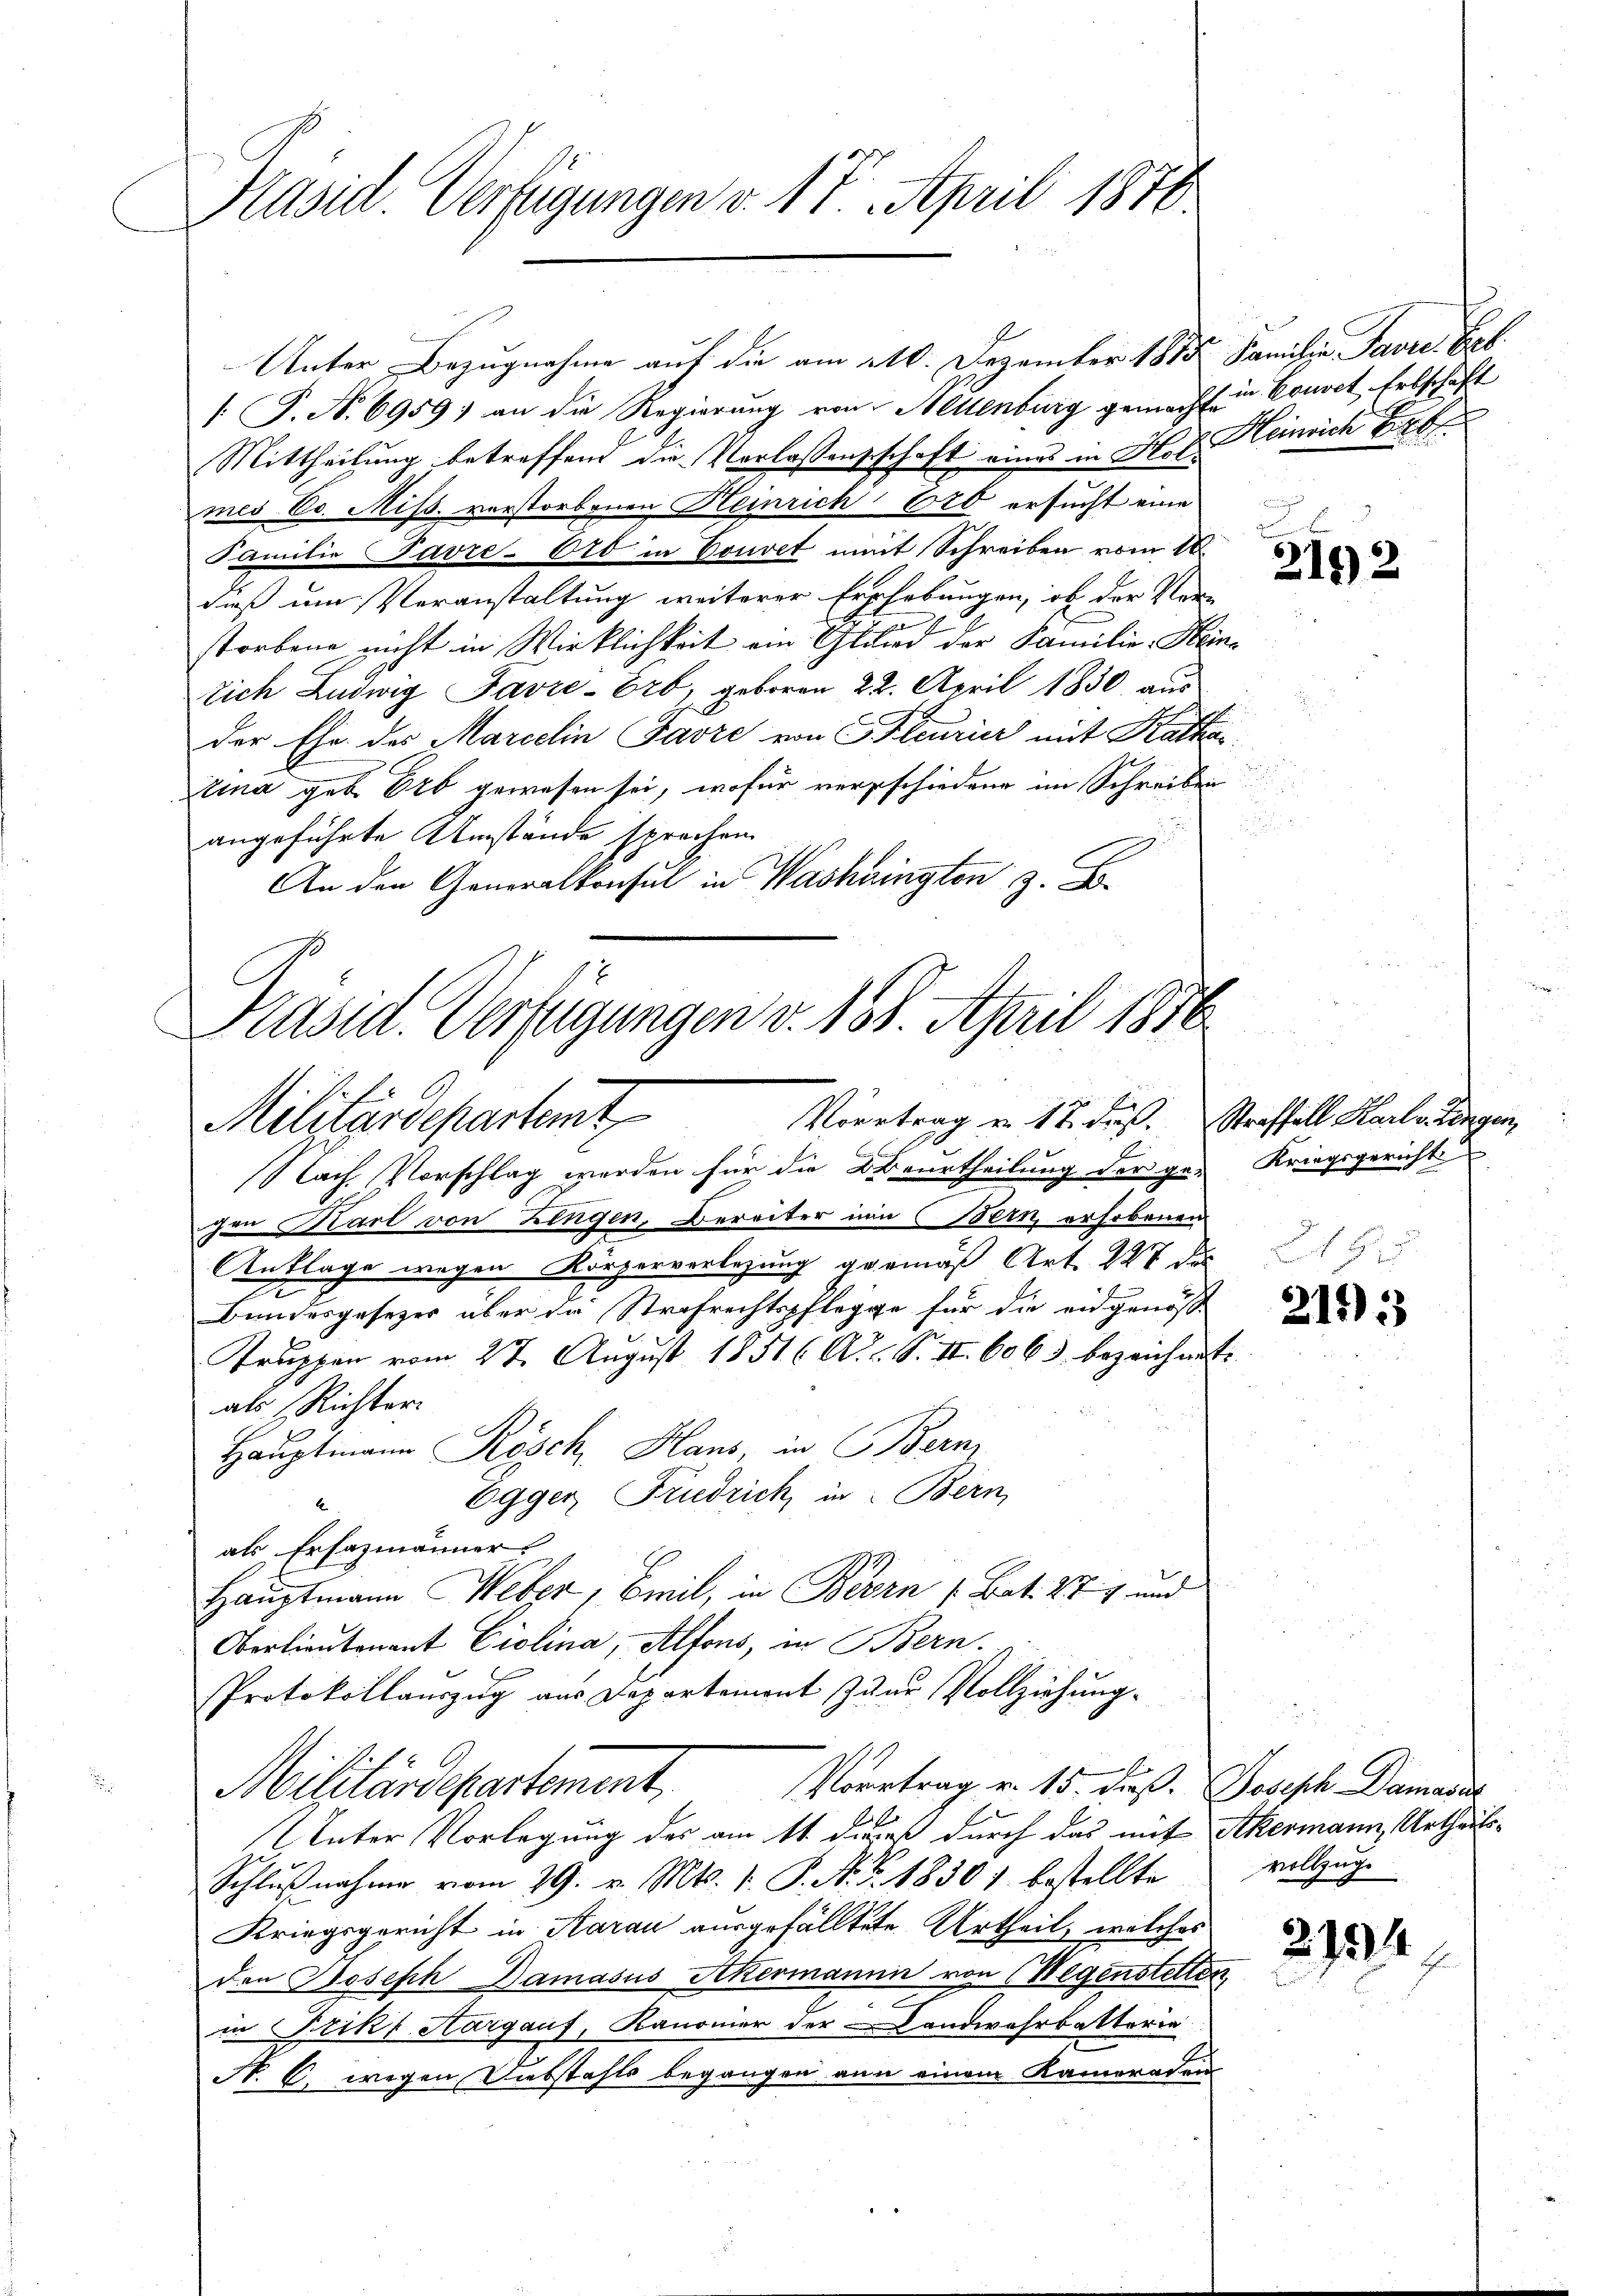
Präsid. Verfügungen v. 17. April 1850.

Unter Bezugnahme auf die am 210. Dezember 1875. Familie Pavee. Erb
[. P. N. 6959) an die Regierung von Hellenburg gemacht in Couvet Erbschaft
Mittheilung betreffend die Verlaßenschaft eines in Hof Heinrich erb
mes E. Miss. verstorbenen Heinrich 620 ersucht eine
Familie Favre- 620 in Couvet mit Schreiben vom 18
dieß um Veranstaltung weiterer Erhebungen, ob der Verstorbene nicht in Wirklichkeit ein Glied der Familie Heine
tich Ludwig Favre-Erb, geboren 22. April 1830, aus
der Ehe des Marcelin Favre von Securier mit Katha
tina geb. Erb gewesen sei, wofür verschiedene im Schreiben
angeführte Umstände sprachen
An den Generalkonsul in Washingten z. B.

Präsid. Verfügungen v. 188. April 1876
Vortrag u. 12. dieß. Straffall Karle Langen,
Militärdepartent

C
Nach Vorschlag werden für die Beurtheilung der ge-
gen Karl von Zingen, Bereiter nun (Bern erhobenen
Anklage wegen Körperverlegung gemäß Art. 227 des
Bundesgesetzes aber die Strafrechtspflegge für die eidgenös-
Truppen vom 27. August 1851 (A.. S. II. 6063 bezeichnet
als Richter
Hauptmann Kösch, Haus, in Bern
Egger Friedrich, in Bern,
als Ersazmänner
Hauptmann Weber, Beil, in Bern s. Bat. 274 und
Oberlieutenant Ciolina, Alfons, in Bern.
Protokollauszug aus Departement zur Vollziehung.
E
Vortrag v. 15. dieß. Joseph Damasis
Militärdepartement
Unter Vorlegung des am 11. dieß durch das mit Ackermann, Urtheilse
Schlŭβnahme vom 29. v. Mts. 1. P. N. F. 1830) bestellte
Kriegsgericht in Aarau ausgefälltete Urtheil, welches
den Joseph Damasus Akermannn von Wegenstetten
in Prikf Aargauf, Kanonier der Landwehrbatteria
N. 6. wegen Diebstahls begangen von einem Kameraden

u

2192

Kriegsgericht

2115

vollzuge

2134